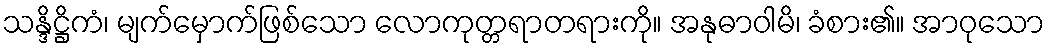
သန္ဒိဋ္ဌိကံ၊ မျက်မှောက်ဖြစ်သော လောကုတ္တရာတရားကို။ အနုဓာဝါမိ၊ ခံစား၏။ အာဝုသော